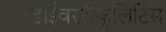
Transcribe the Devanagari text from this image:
डाईवरटीकुलिटिस